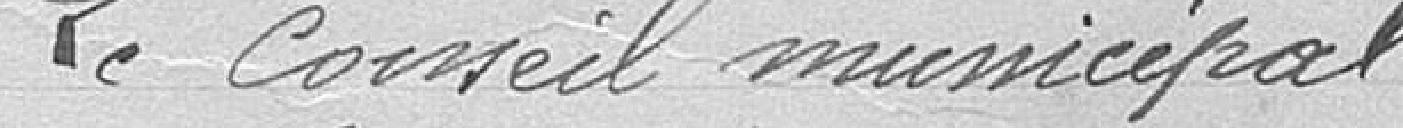
Le conseil municipal.